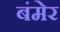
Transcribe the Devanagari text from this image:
बंमेर